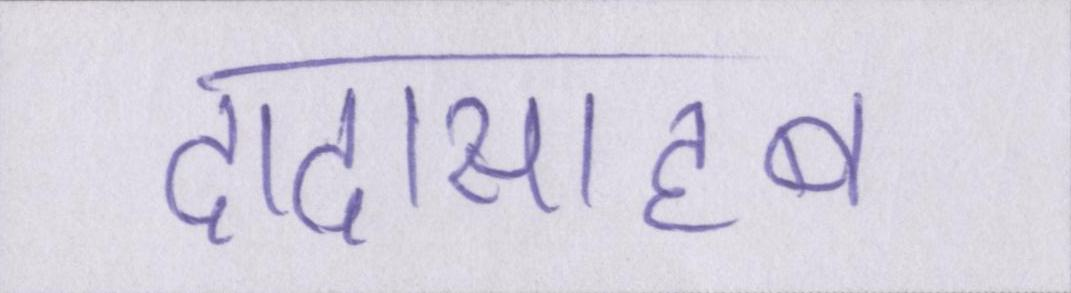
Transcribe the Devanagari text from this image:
दादासाहब